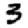
Digit: 3